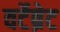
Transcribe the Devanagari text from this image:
वर्टेब्रेट